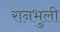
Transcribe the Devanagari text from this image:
रानभुली